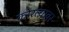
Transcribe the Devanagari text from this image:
कोरल्यावर